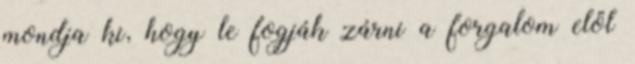
mondja ki, hogy le fogják zárni a forgalom elől